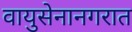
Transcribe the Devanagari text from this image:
वायुसेनानगरात